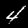
Digit: 4